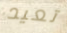
تعيد